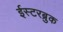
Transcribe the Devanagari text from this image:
ईस्टरब्रुक